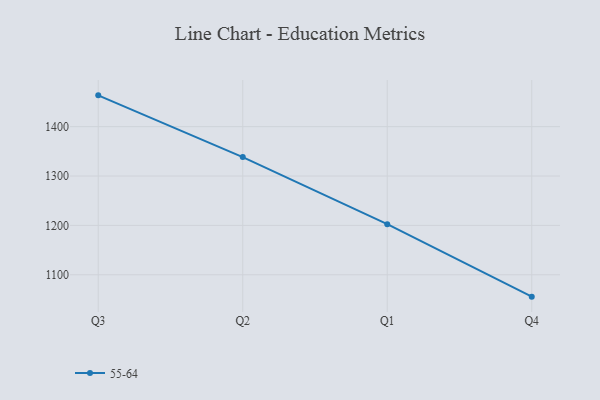
{"axis": {"x": "Quarter", "y": "LTV (USD)"}, "legend": ["55-64"], "data": [{"x": "Q3", "y": 1463.4, "type": "55-64"}, {"x": "Q2", "y": 1338.3, "type": "55-64"}, {"x": "Q1", "y": 1202.5, "type": "55-64"}, {"x": "Q4", "y": 1055.7, "type": "55-64"}]}